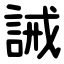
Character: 誡